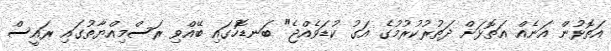
އަތޮޅުން އަނެއް އަތޮޅަށް ދަތުރުކުރުމުގެ އަގު ކުޑަވެއްޖެ" ބަނޑޮހުގައި ބޭއްވި ރަސްމިއްޔާތުގައި ރައީސް